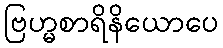
ဗြဟ္မစာရိနိယောပေ